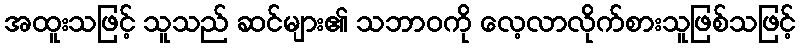
အထူးသဖြင့် သူသည် ဆင်များ၏ သဘာဝကို လေ့လာလိုက်စားသူဖြစ်သဖြင့်